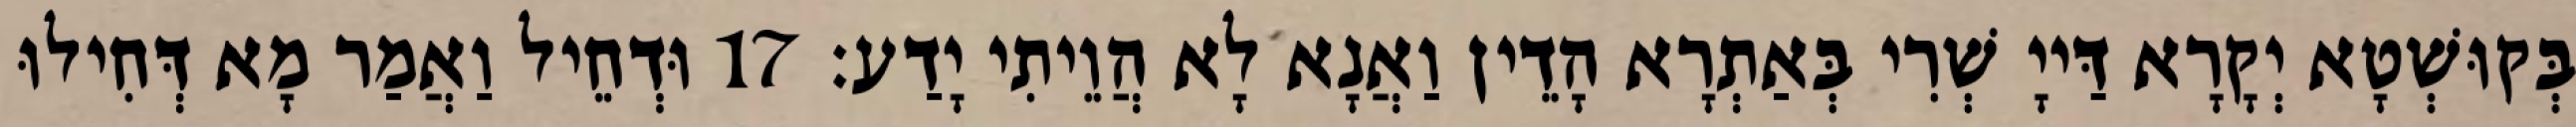
בְּקוּשְׁטָא יְקָרָא דַּייָ שְׁרִי בְּאַתְרָא הָדֵין וַאֲנָא לָא הֲוֵיתִי יָדַע׃ 17 וּדְחֵיל וַאֲמַר מָא דְּחִילוּ